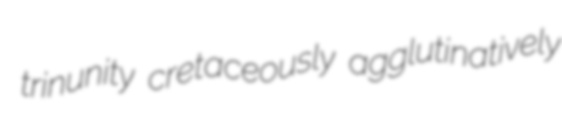
trinunity cretaceously agglutinatively